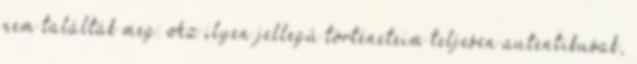
nem találták meg: Az ilyen jellegű történeteim teljesen autentikusak,